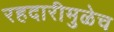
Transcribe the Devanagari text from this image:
रहदारीमुळेच